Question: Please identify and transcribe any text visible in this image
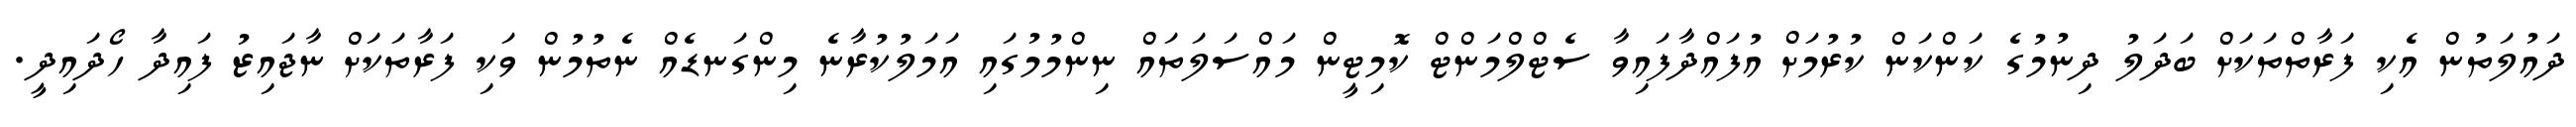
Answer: ދައުލަތުން އެކި ފަރާތްތަކަށް ބަދަލު ދިނުމުގެ ކަންކަން ކުރުމަށް އުފައްދާފައިވާ ސެޓްލްމަންޓް ކޮމިޓީން މައްސަލަތައް ނިންމުމުގައި އަމަލުކުރާނެ މިންގަނޑެއް ނެތުމުން ވަކި ފަރާތަކަށް ނާޖައިޒު ފައިދާ ހޯދައިދީ.